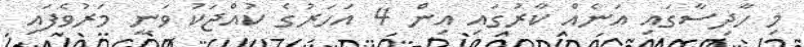
މި ހާދިސާގައި އަނެއް ކާރުގައި އިން 4 އަހަރުގެ ކުއްޖަކު ވަނީ މަރުވެފައި